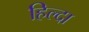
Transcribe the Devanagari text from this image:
हिल्दा